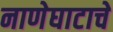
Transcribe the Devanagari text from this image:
नाणेघाटाचे